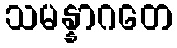
သမန္နာဂတေ